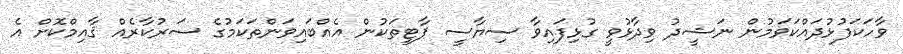
ވާހަކަފުޅުދައްކަވަމުން ނަޝީދު ވިދާޅުވީ ގުޅިފައިވާ ސިޔާސީ ޕާޓީތަކުން އެއްބައިވަންތަކަމުގެ ސަރުކާރެއް ޤާއިމްކޮށް އެ